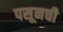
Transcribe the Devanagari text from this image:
पसूनची